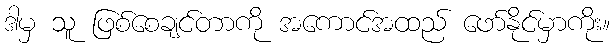
ဒါမှ သူ ဖြစ်စေချင်တာကို အကောင်အထည် ဖော်နိုင်မှာကိုး။